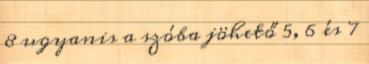
8 ugyanis a szóba jöhető 5, 6 és 7